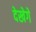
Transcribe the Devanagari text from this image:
देखेगे